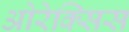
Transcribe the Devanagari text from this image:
ओरेक्सिस